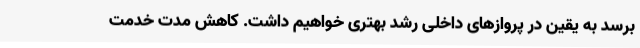
برسد به یقین در پروازهای داخلی رشد بهتری خواهیم داشت. کاهش مدت خدمت